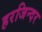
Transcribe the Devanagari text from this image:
हरजिन्दर